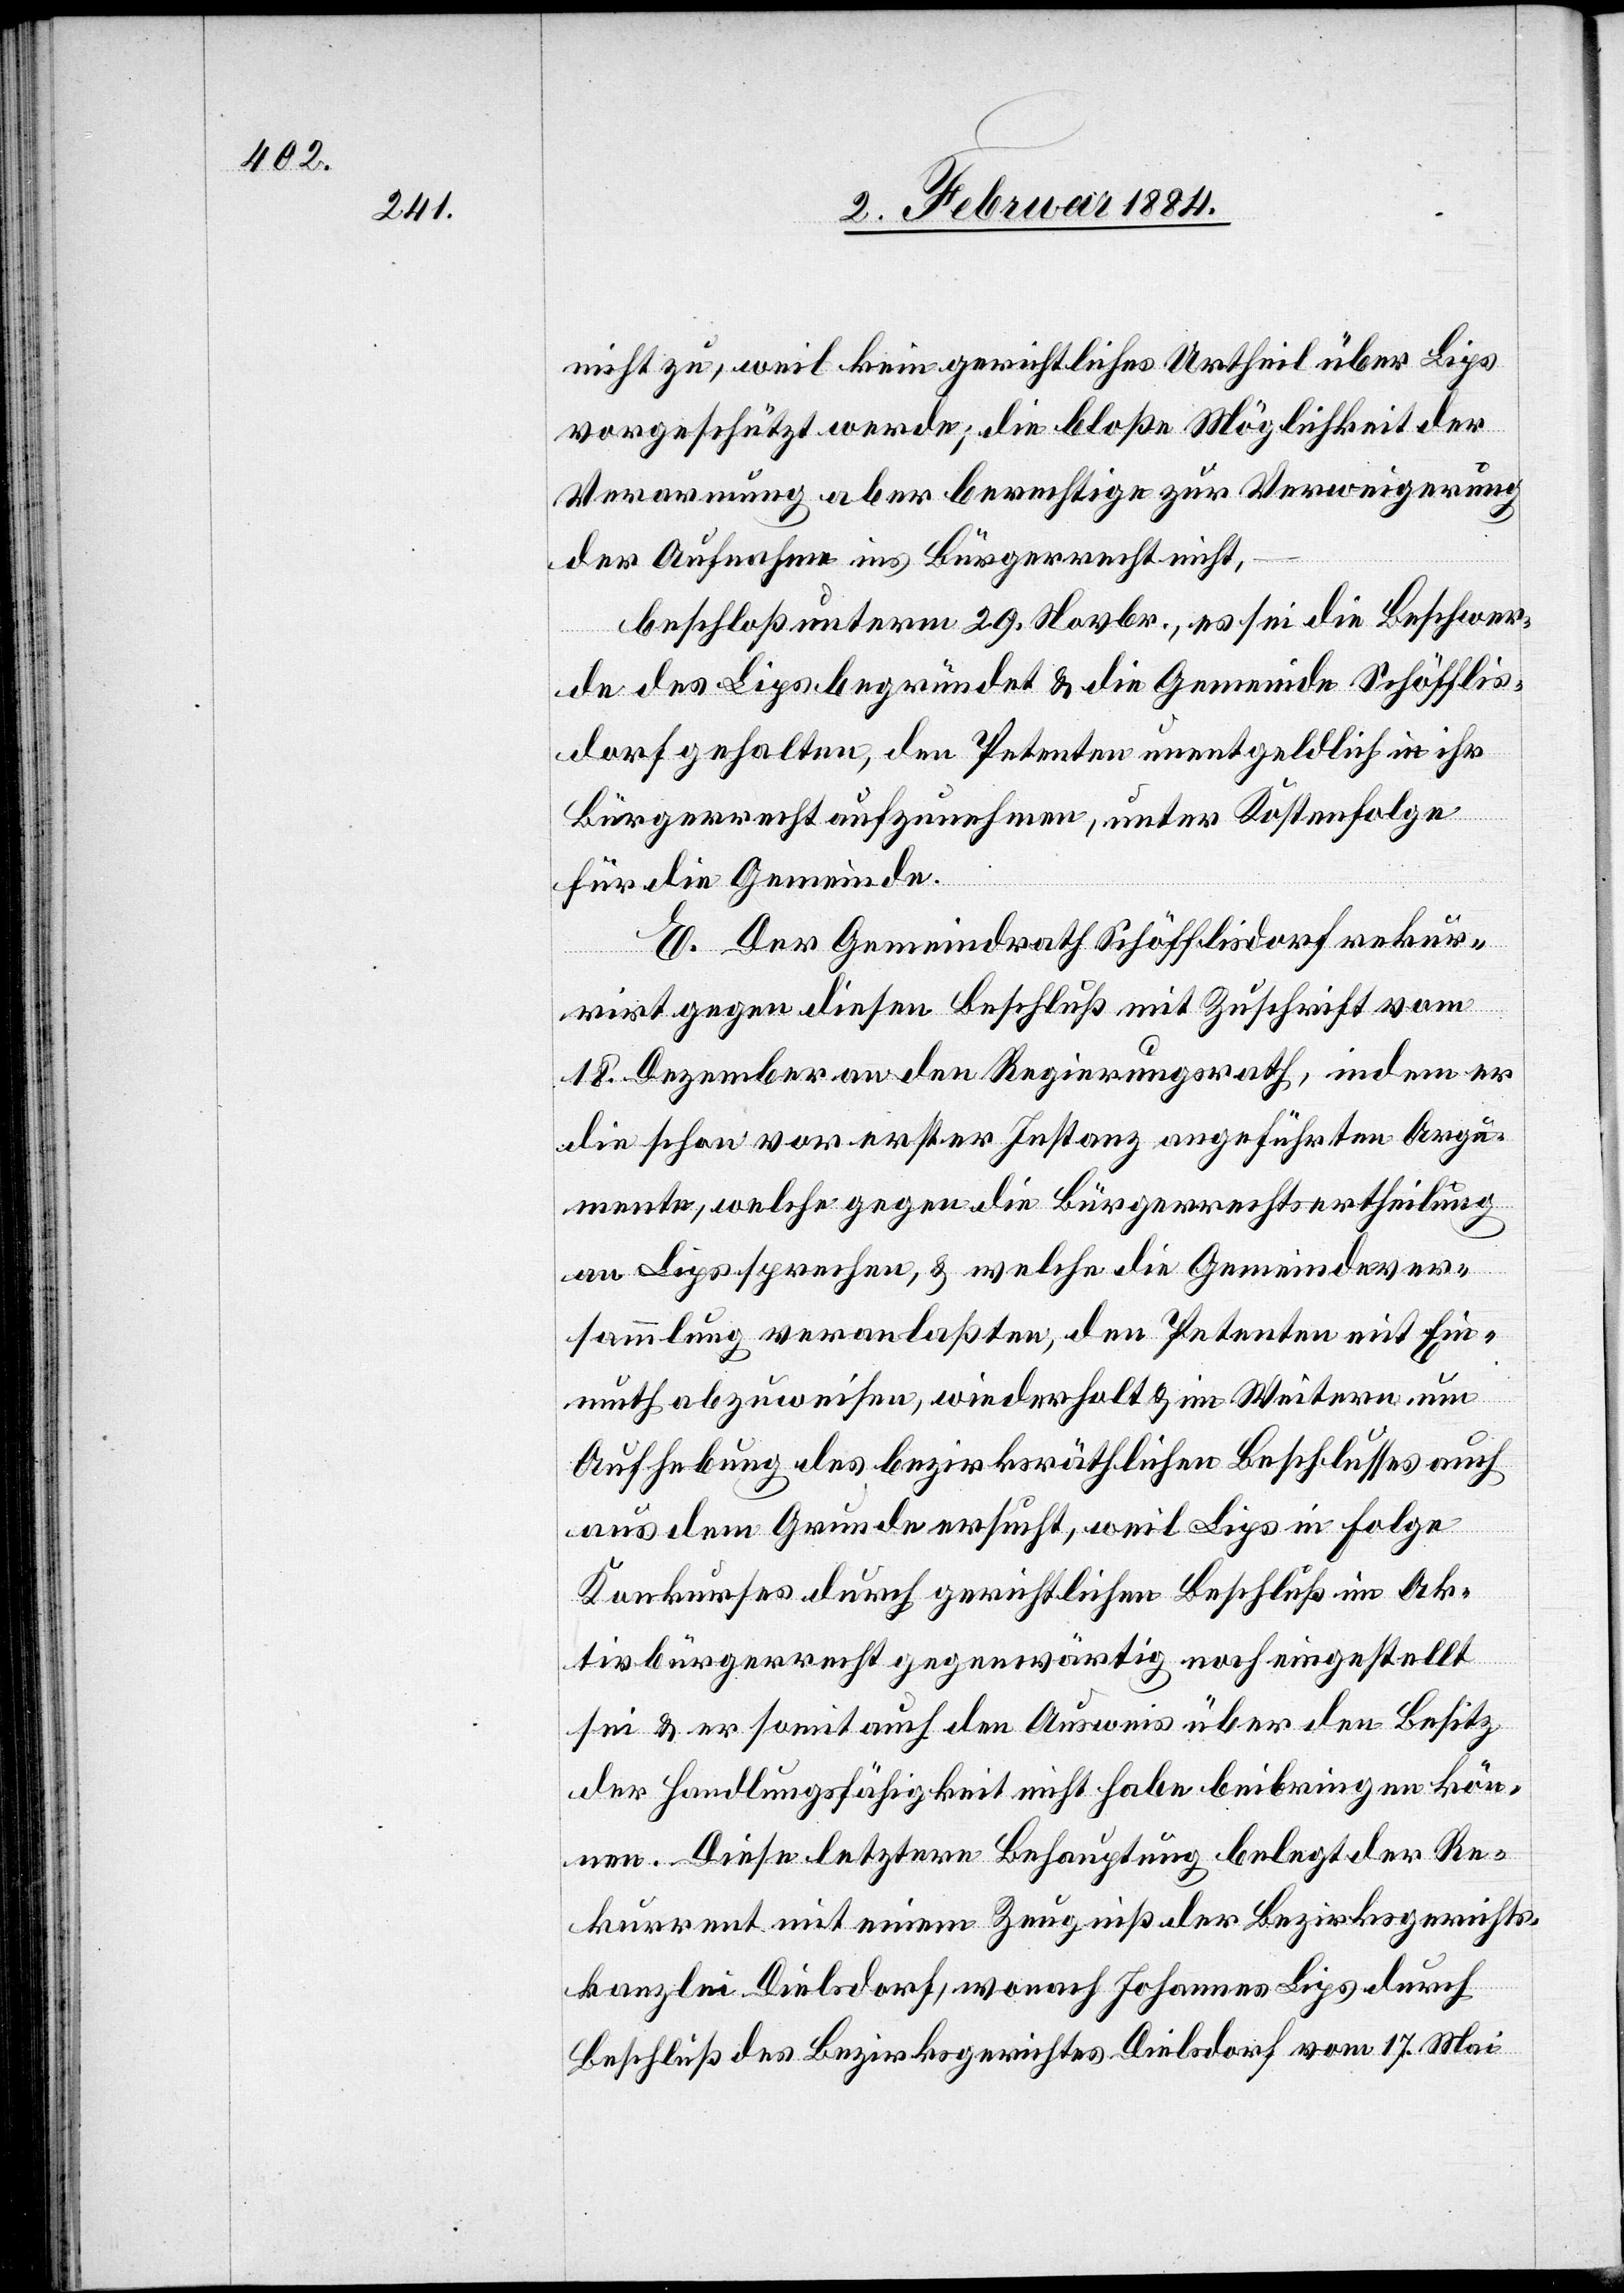
nicht zu, weil kein gerichtliches Urtheil über Lips
vorgeschützt werde; die bloße Möglichkeit der
Verarmung aber berechtige zur Verweigerung
der Aufnahme ins Bürgerrecht nicht,
beschloß unterm 29. Novbr., es sei die Beschwer¬
de des Lips begründet & die Gemeinde Schöfflis¬
dorf gehalten, den Petenten unentgeltlich in ihr
Bürgerrecht aufzunehmen, unter Kostenfolge
für die Gemeinde.
E. Der Gemeindrath Schöfflisdorf rekur¬
rirt gegen diesen Beschluß mit Zuschrift vom
18. Dezember an den Regierungsrath, indem er
die schon vor erster Instanz angeführten Argu¬
mente, welche gegen die Bürgerrechtsertheilung
an Lips sprechen, & welche die Gemeindever¬
sammlung veranlaßten, den Petenten mit Ein¬
muth abzuweisen, wiederholt & im Weitern um
Aufhebung des bezirksräthlichen Beschlusses auch
aus dem Grunde ersucht, weil Lips in Folge
Konkurses durch gerichtlichen Beschluß im Ak¬
tivbürgerrecht gegenwärtig noch eingestellt
sei & er somit auch den Ausweis über den Besitz
der Handlungsfähigkeit nicht habe beibringen kön¬
nen. Diese letztere Behauptung belegt der Re¬
kurrent mit einem Zeugniß der Bezirksgerichts¬
kanzlei Dielsdorf, wonach Johannes Lips durch
Beschluß des Bezirksgerichtes Dielsdorf vom 17. Mai